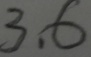
3 . 6